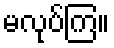
မလုပ်ကြ။